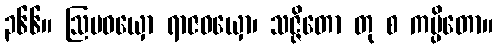
၃၆၆။ ဩပဝယှော ရာဇဝယှော၊ သဇ္ဇိတော တု စ ကပ္ပိတော။